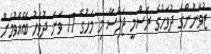
ޒުވާނުންގެ ދުވަހުގެ ރަސްމީ ޖަލްސާ މި މަހުގެ 17 ވަނަ ދުވަހު ބޭއްވުމަށް